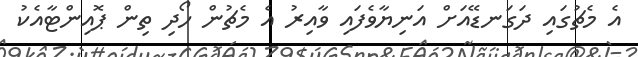
އެ މެޗުގައި ދަގަނޑޭއަށް އަނިޔާވެފައި ވާއިރު އެ މެޗުން ހޯދި ތިން ޕޮއިންޓާއެކު